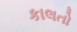
કાલતો